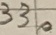
Text: 330